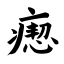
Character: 瘛